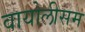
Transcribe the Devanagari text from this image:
वायोलीसम